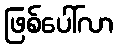
ဖြစ်ပေါ်လာ